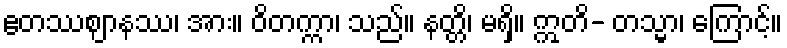
ဧတဿဈာနဿ၊ အား။ ဝိတက္ကာ၊ သည်။ နတ္တိ၊ မရှိ။ ဣတိ- တသ္မာ၊ ကြောင့်။